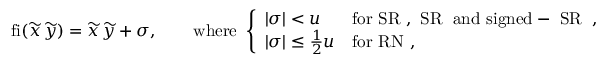
\begin{array} { r } { \mathrm { f i } ( \widetilde { x } \, \widetilde { y } ) = \widetilde { x } \, \widetilde { y } + \sigma , \qquad \mathrm { w h e r e } ~ \left\{ \begin{array} { l l } { \vert \sigma \vert < u } & { \mathrm { f o r ~ \mathrm { S R } ~ , ~ \mathrm { S R } _ \varepsilon ~ a n d ~ s i g n e d - ~ \mathrm { S R } _ \varepsilon ~ } , } \\ { \vert \sigma \vert \le \frac { 1 } { 2 } u } & { \mathrm { f o r ~ \mathrm { R N } ~ } , } \end{array} \right. } \end{array}